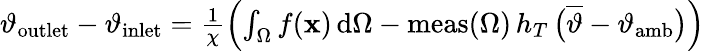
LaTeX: \begin{array}{r}{\vartheta_{\mathrm{outlet}}-\vartheta_{\mathrm{inlet}}=\frac{1}{\chi}\left(\int_{\Omega}f(\mathbf{x})\, \mathrm{d}\Omega-\mathrm{meas}(\Omega)\, h_{T}\, \big(\overline{{\vartheta}}-\vartheta_{\mathrm{amb}}\big)\right)}\end{array}